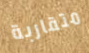
متقاربة